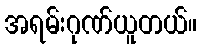
အရမ်းဂုဏ်ယူတယ်။